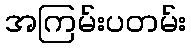
အကြမ်းပတမ်း